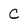
Character: C